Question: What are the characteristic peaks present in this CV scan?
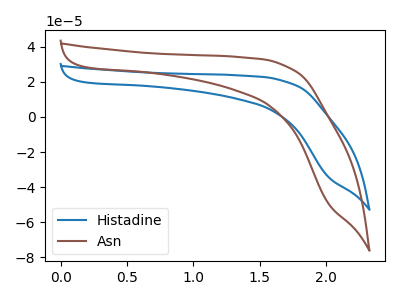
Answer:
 <answer>The blue curve "Histadine" has no peaks. The brown curve "Asn" has no peaks.</answer>
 <eval></eval>